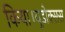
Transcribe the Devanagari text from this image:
किया।यूडोक्‍सस